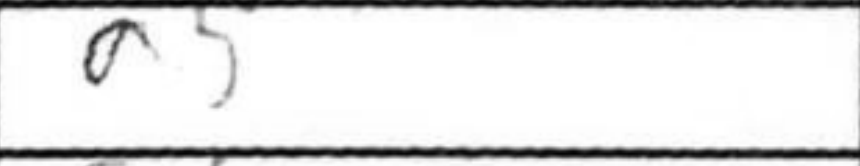
Transcription: a5